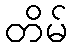
တိမ်